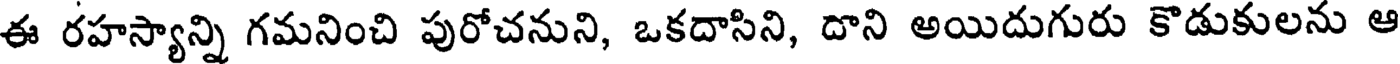
ఈ రహస్యాన్ని గమనించి పురోచనుని, ఒకదాసిని, దాని అయిదుగురు కొడుకులను ఆ